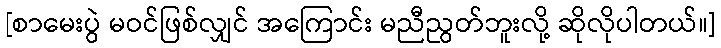
[စာမေးပွဲ မဝင်ဖြစ်လျှင် အကြောင်း မညီညွတ်ဘူးလို့ ဆိုလိုပါတယ်။]